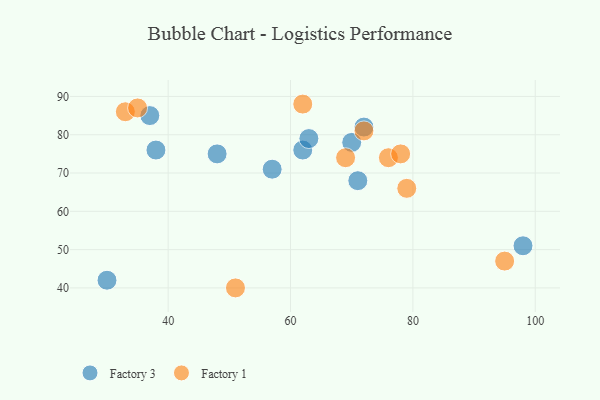
{"axis": {"x": "GDP", "y": "Life Expectancy"}, "legend": ["Factory 1", "Factory 3"], "data": [{"x": "72", "y": 82, "type": "Factory 3"}, {"x": "38", "y": 76, "type": "Factory 3"}, {"x": "57", "y": 71, "type": "Factory 3"}, {"x": "70", "y": 78, "type": "Factory 3"}, {"x": "30", "y": 42, "type": "Factory 3"}, {"x": "37", "y": 85, "type": "Factory 3"}, {"x": "98", "y": 51, "type": "Factory 3"}, {"x": "48", "y": 75, "type": "Factory 3"}, {"x": "71", "y": 68, "type": "Factory 3"}, {"x": "62", "y": 76, "type": "Factory 3"}, {"x": "63", "y": 79, "type": "Factory 3"}, {"x": "72", "y": 81, "type": "Factory 1"}, {"x": "51", "y": 40, "type": "Factory 1"}, {"x": "95", "y": 47, "type": "Factory 1"}, {"x": "62", "y": 88, "type": "Factory 1"}, {"x": "79", "y": 66, "type": "Factory 1"}, {"x": "33", "y": 86, "type": "Factory 1"}, {"x": "69", "y": 74, "type": "Factory 1"}, {"x": "76", "y": 74, "type": "Factory 1"}, {"x": "35", "y": 87, "type": "Factory 1"}, {"x": "78", "y": 75, "type": "Factory 1"}]}